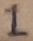
Text: 1